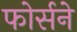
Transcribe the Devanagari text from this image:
फोर्सने